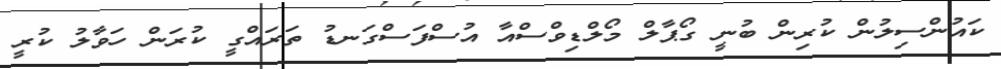
ކައުންސިލުން ކުރިން ބުނީ ގޯޕާލް މޯލްޑިވްސްއާ އުސްފަސްގަނޑު ތަރައްގީ ކުރަން ހަވާލު ކުރީ